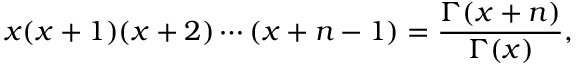
x ( x + 1 ) ( x + 2 ) \cdots ( x + n - 1 ) = \frac { \Gamma ( x + n ) } { \Gamma ( x ) } ,